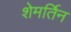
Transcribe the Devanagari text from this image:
शेमर्तिन